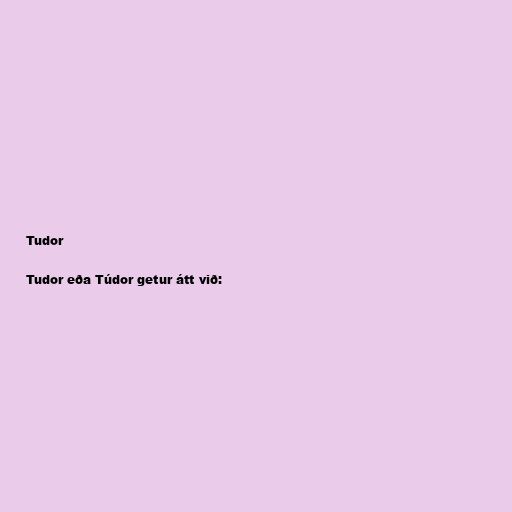
Tudor

Tudor eða Túdor getur átt við: